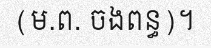
(ម.ព. ចងពន្ធ)។